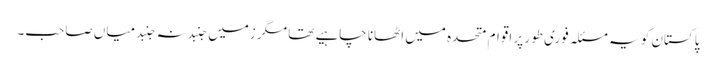
پاکستان کو یہ مسئلہ فوری طور پر اقوام متحدہ میں اٹھانا چاہیے تھا مگر زمیں جنبد نہ جنبد میاں صاحب۔